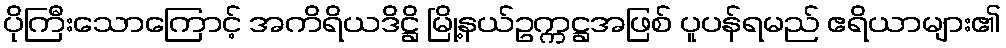
ပိုကြီးသောကြောင့် အကိရိယဒိဋ္ဌိ မြို့နယ်ဥက္ကဋ္ဌအဖြစ် ပူပန်ရမည် ဧရိယာများ၏